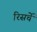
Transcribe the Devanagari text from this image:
रिसर्चे